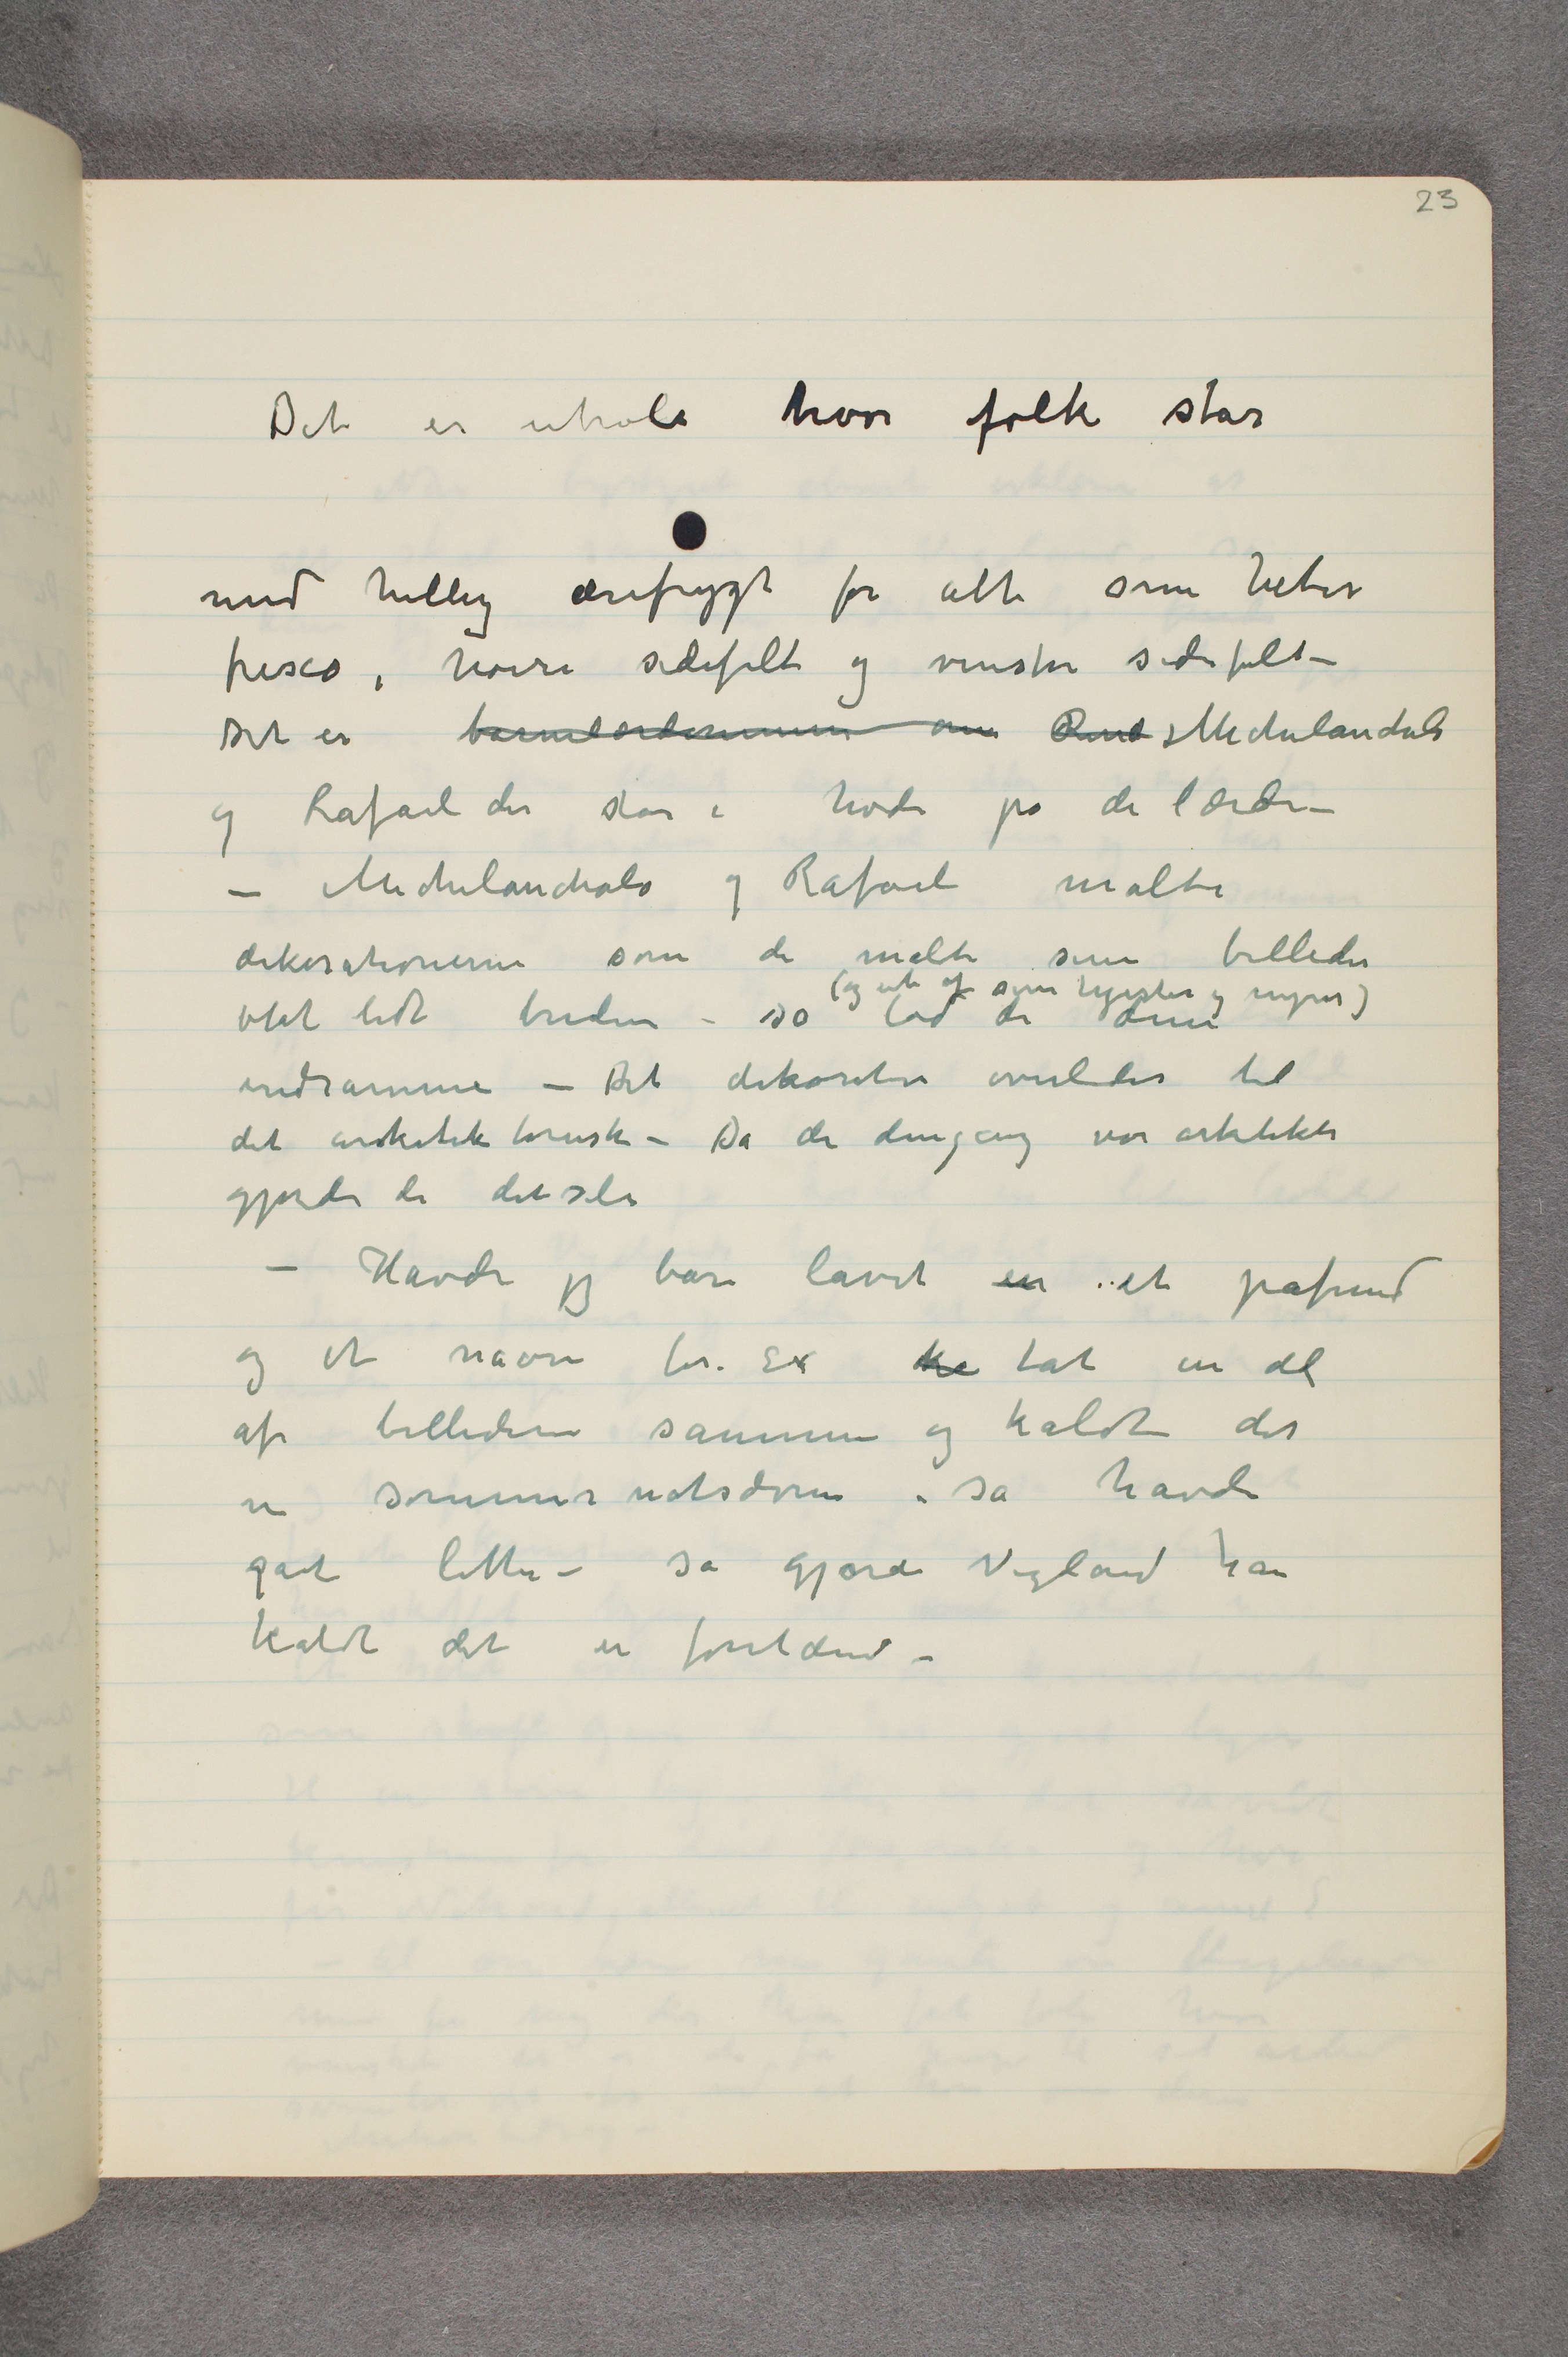
Det er utroli hvor folk står
med hellig ærefrygt for alt som heter
fresco, høire sidefelt og venstre sidefelt –
Det er barnelærdommen om R …  Michelanchelo
og Rafael der står i hode på de lærde –
– Michelanchalo og Rafael malte
dekorationerne som de malte sine billeder
blot lidt bredere – (og ute af sine hjerter og nyrer) så lod de dem
indramme – Det dekorative overlades til
det arkitektoniske – Da de dengang var arkitekter
gjorde de det selv –
 – Havde jeg bare lavet en et påfund
og et navn for. Ex k …  tat en del
af billederne sammen og kaldt det
en sommmernatsdrøm – så havde
gået lettere – så gjorde Vigeland han
kaldte det en fontæne –